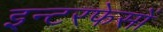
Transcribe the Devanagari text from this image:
इन्टरफेसों